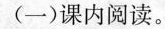
(一)课内阅读。